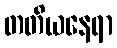
တတိယနေရာ